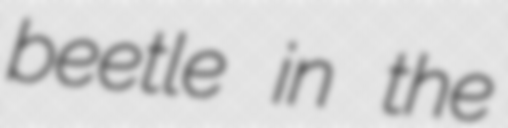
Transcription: beetle in the